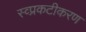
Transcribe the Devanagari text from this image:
स्व्प्रकटीकरण